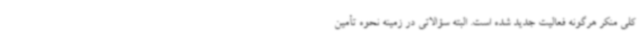
کلی منکر هرگونه فعالیت جدید شده است. البته سؤالاتی در زمینه نحوه تأمین